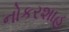
નોકરશાહ